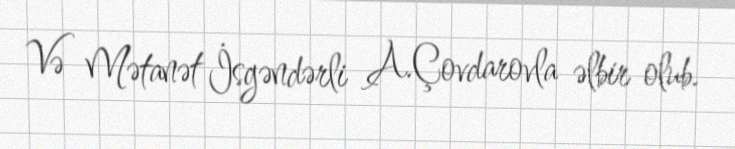
Və Mətanət İsgəndərli A.Çovdarovla əlbir olub.